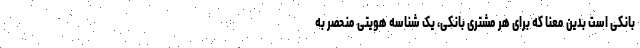
بانکی است بدین معنا که برای هر مشتری بانکی، یک شناسه هویتی منحصر به